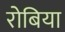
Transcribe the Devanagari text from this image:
रोबिया